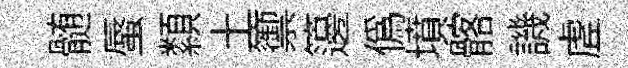
髄蜃纇土籞籩偽墳髂譏虗